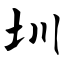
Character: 圳